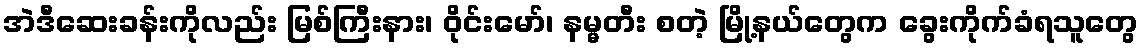
အဲဒီဆေးခန်းကိုလည်း မြစ်ကြီးနား၊ ဝိုင်းမော်၊ နမ္မတီး စတဲ့ မြို့နယ်တွေက ခွေးကိုက်ခံရသူတွေ